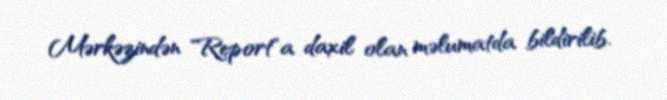
Mərkəzindən "Report"a daxil olan məlumatda bildirilib.